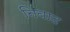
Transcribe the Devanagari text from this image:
निंबाद